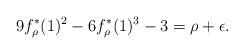
LaTeX: \begin{align*}9f_\rho^\ast(1)^2 - 6f_\rho^\ast(1)^3 - 3 = \rho + \epsilon.\end{align*}